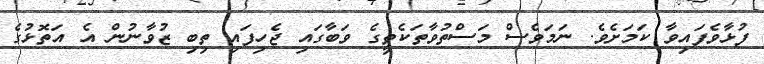
ފުޅާވެފައިވާ ކަމަށެވެ. ނަމަވެސް މަސްތުވާތަކެތީގެ ވަބާގައި ޖެހިފައި ތިބި ޒުވާނުން އެ އަތޮޅުގެ